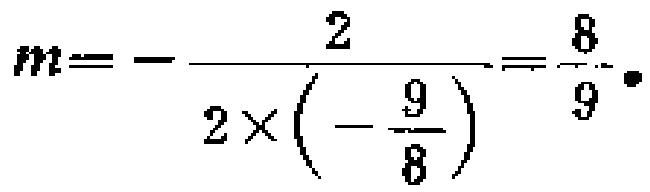
\(m = - \frac{2}{2\times\left(- \frac{9}{8}\right)}=\frac{8}{9} \)